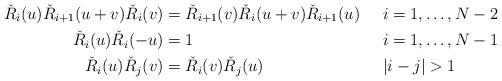
LaTeX: \begin{align*}\check R_i(u)\check R_{i+1}(u+v)\check R_i(v)&=\check R_{i+1}(v)\check R_i(u+v)\check R_{i+1}(u)&&i=1,\ldots,N-2\\\check R_i(u)\check R_i(-u)&=1&&i=1,\ldots,N-1\\\check R_i(u)\check R_j(v)&=\check R_i(v)\check R_j(u)&&|i-j|>1\end{align*}